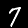
Digit: 7